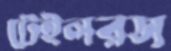
টেইলরস